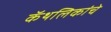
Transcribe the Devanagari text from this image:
कॅथलिकांचे